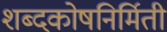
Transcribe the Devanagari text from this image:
शब्दकोषनिर्मिती